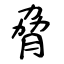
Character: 脅